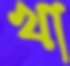
খা